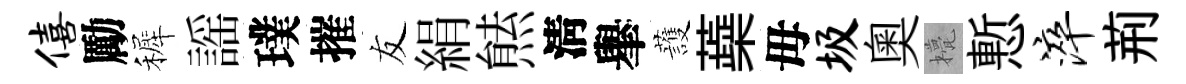
僖勵裤謡璞摧友絹㷱淸𦦙䕶蘃母圾奥甍慙淬荊